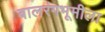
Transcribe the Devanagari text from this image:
बालरंगभूमीला